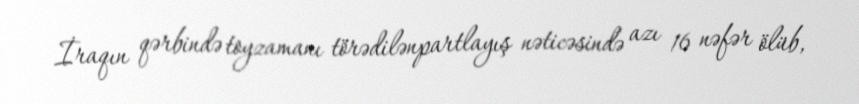
İraqın qərbində toyzamanı törədilənpartlayış nəticəsində azı 16 nəfər ölüb,